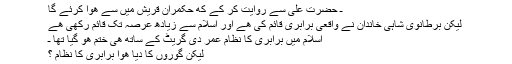
ـ حضرت علی سے روایت کر کے که حکمران قریش میں سے هوا کرئے گا
لیکن برطانوی شاہی خاندان نے واقعی برابری قائم کی هے اور اسلام سے زیادھ عرصہ تک قائم رکھی هے
اسلام میں برابری کا نظام عمر دی گریٹ کے ساتھ هی ختم هو گیا تھا ـ
لیکن گوروں کا دیا هوا برابری کا نظام ؟